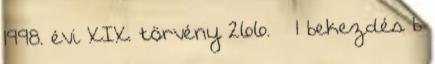
1998. évi XIX. törvény 266. § 1 bekezdés b